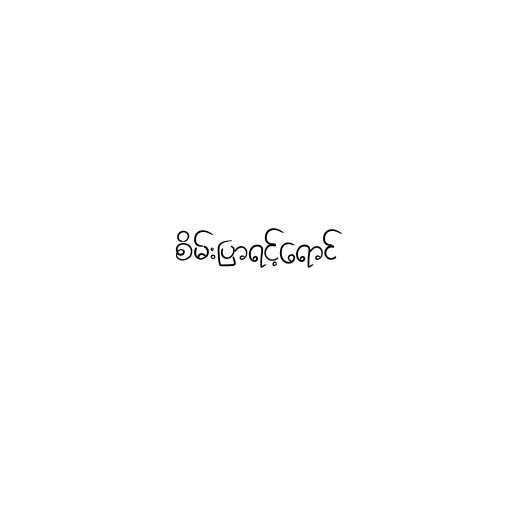
စိမ်းပြာရင့်ရောင်